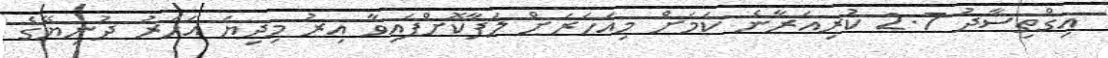
އިގްތިސާދު 2.7 ކުރިއަރާނެ ކަމަށް މިއަހަރަށް ލަފާކޮށްފައިވާ އިރު މިދިޔަ އަހަރު ދުނިޔޭގެ